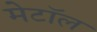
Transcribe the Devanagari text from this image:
मेटॉल